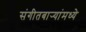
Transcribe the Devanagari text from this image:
संगीतबार्‍यांमध्ये